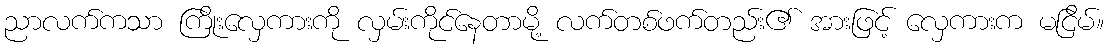
ညာလက်ကသာ ကြိုးလှေကားကို လှမ်းကိုင်နေတာမို့ လက်တစ်ဖက်တည်း၏ အားဖြင့် လှေကားက မငြိမ်။